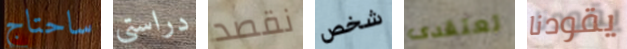
ساحتاج دراستي نقصد شخص تعتقدى يقودنا